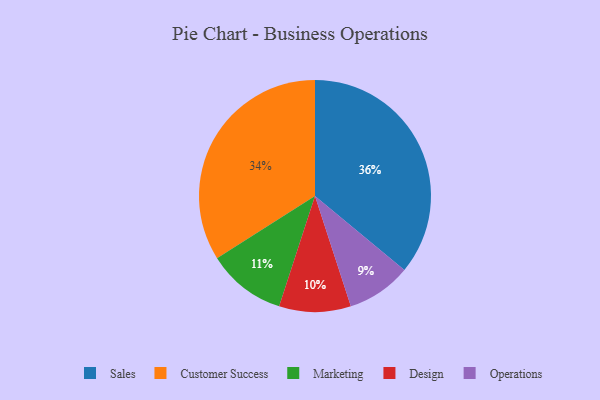
{"axis": {"x": "Category", "y": "Percentage"}, "legend": ["Customer Success", "Design", "Marketing", "Operations", "Sales"], "data": [{"x": "Customer Success", "y": 34, "type": "Customer Success"}, {"x": "Marketing", "y": 11, "type": "Marketing"}, {"x": "Operations", "y": 9, "type": "Operations"}, {"x": "Sales", "y": 36, "type": "Sales"}, {"x": "Design", "y": 10, "type": "Design"}]}